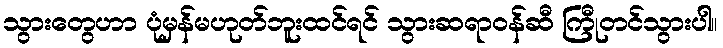
သွားတွေဟာ ပုံမှန်မဟုတ်ဘူးထင်ရင် သွားဆရာဝန်ဆီ ကြီုတင်သွားပါ။